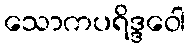
သောကပရိဒ္ဒဝေါ